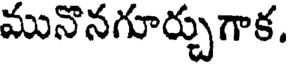
మునొనగూర్చుగాక.